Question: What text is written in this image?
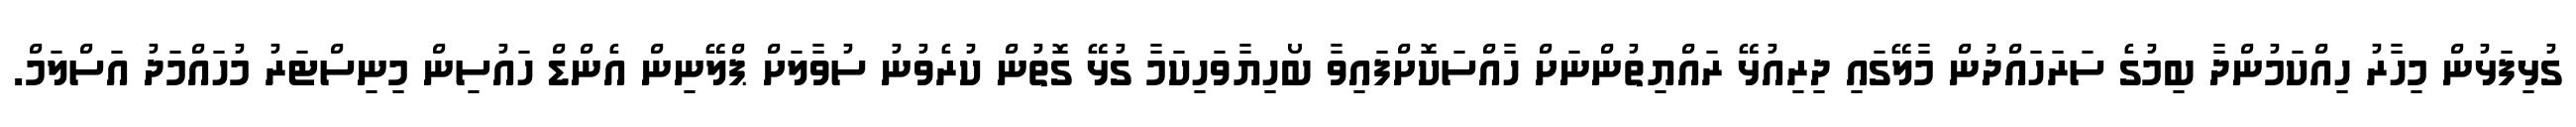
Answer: ގުޅިފަޅުން މިހާރު ހިއްކަމުންދާ ބިމުގެ ސަރަހައްދުން މާލޭގައި ދިރިއުޅޭ ރައްޔިތުންނަށް ހާއްސަކޮށްފައިވާ ބޯހިޔާވަހިކަމާ ގުޅޭ ގޮތުން ކުރެވުނު ސުވާލަށް ޕްލޭނިން އެންޑް ހައުސިން މިނިސްޓަރު މުހައްމަދު އަސްލަމް.